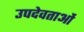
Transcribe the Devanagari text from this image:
उपदेवताओं